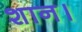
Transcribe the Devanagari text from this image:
शान।